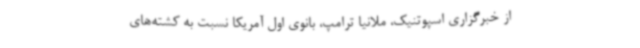
از خبرگزاری اسپوتنیک، ملانیا ترامپ، بانوی اول آمریکا نسبت به کشته‌های